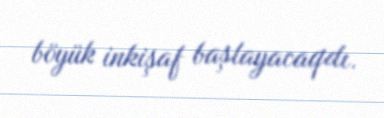
böyük inkişaf başlayacaqdı.